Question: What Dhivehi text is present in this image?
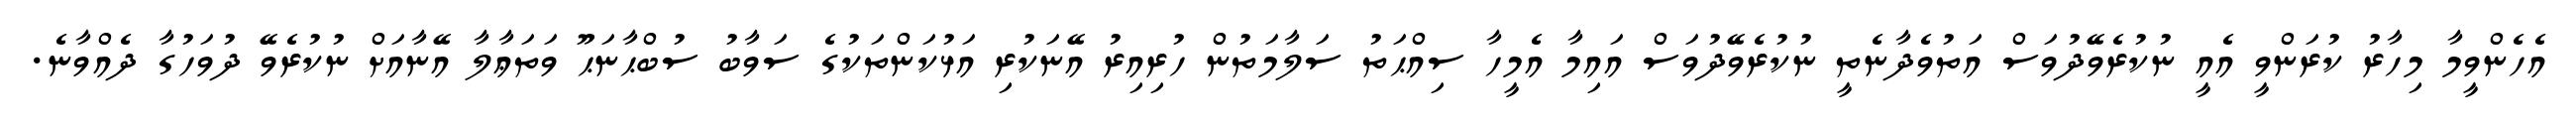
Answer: އެހެންވީމާ މިހާރު ކުރަންވީ އެއީ ނުކުރެވޭދުވަސް އަތުވެދާނެތީ ނުކުރެވޭދުވަސް އައިމާ އެމީހާ ސިއްޙަތު ސަލާމަތުން ހުރިއިރު އޭނަކުރި އަޅުކަންތަކުގެ ސަވާބު ސުބްޙާނަޙޫ ވަތަޢާލާ އޭނާއަށް ނުކުރެވޭ ދުވަހުގާ ދެއްވާނެ.